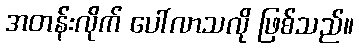
အတန်းလိုက် ပေါ်လာသလို ဖြစ်သည်။